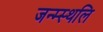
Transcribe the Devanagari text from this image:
जन्म्स्थलि